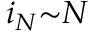
i _ { N } { \sim } N